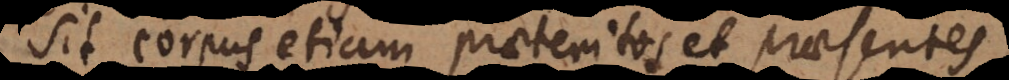
sit corpus etiam praeteritos et praesentes